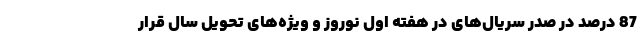
87 درصد در صدر سریال‌های در هفته اول نوروز و ویژه‌های تحویل سال قرار